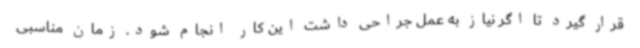
قرار گیرد تا اگر نیاز به عمل جراحی داشت این کار انجام شود. زمان مناسبی